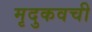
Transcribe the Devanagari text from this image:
मृदुकवची